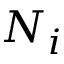
N _ { i }